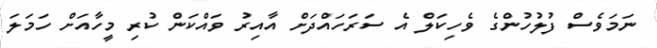
ނަމަވެސް ފުލުހުންގެ ވެހިކަލް އެ ސަރަހައްދަށް އާއިރު ވައްކަން ކުރި މީހާއަށް ހަމަލަ